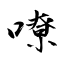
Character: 嘹